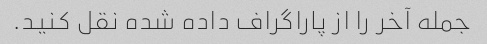
جمله آخر را از پاراگراف داده شده نقل کنید.